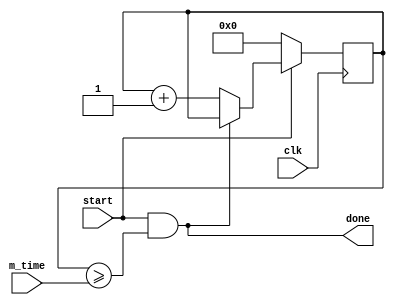
module counter(
    input clk,
    input start,
    input [7:0] m_time,
    output done
);
    reg [7:0] count = 0;
    assign done = start && count >= m_time;

    always @(posedge clk) begin
       if(start == 0) begin
           count <= 0;
       end
       else count <= done ? count : count + 1;
    end

endmodule